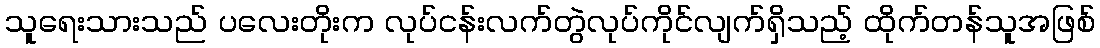
သူရေးသားသည် ပလေးတိုးက လုပ်ငန်းလက်တွဲလုပ်ကိုင်လျက်ရှိသည့် ထိုက်တန်သူအဖြစ်